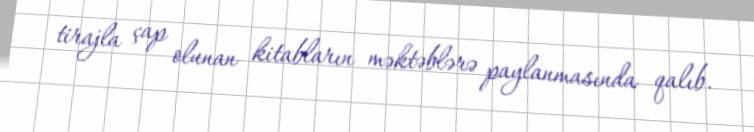
tirajla çap olunan kitabların məktəblərə paylanmasında qalıb.